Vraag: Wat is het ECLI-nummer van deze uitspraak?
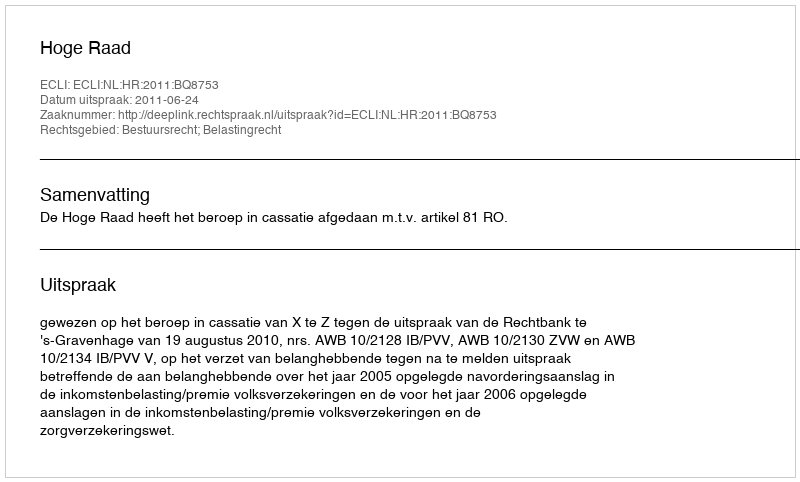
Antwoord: ECLI:NL:HR:2011:BQ8753